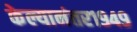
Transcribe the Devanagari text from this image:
केल्यानंतर१९४९